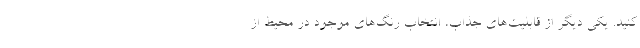
کنید. یکی دیگر از قابلیت‌های جذاب، انتخاب رنگ‌های موجود در محیط از